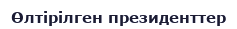
Өлтірілген президенттер